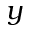
y